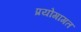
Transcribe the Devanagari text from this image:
प्रयोगागत